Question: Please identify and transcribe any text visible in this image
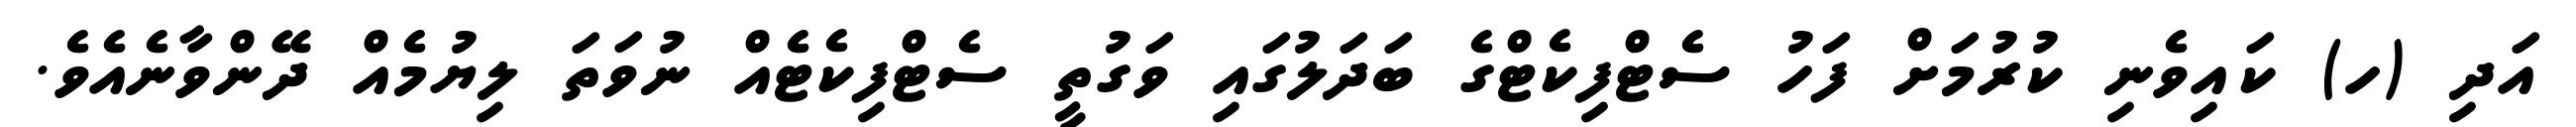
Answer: އަދި (ހ) ކައިވެނި ކުރުމަށް ފަހު ސެޓްފިކެޓްގެ ބަދަލުގައި ވަގުތީ ސެޓްފިކެޓެއް ނުވަތަ ލިޔުމެއް ދޭންވާނެއެވެ.